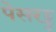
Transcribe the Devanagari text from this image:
पेसरट्टु